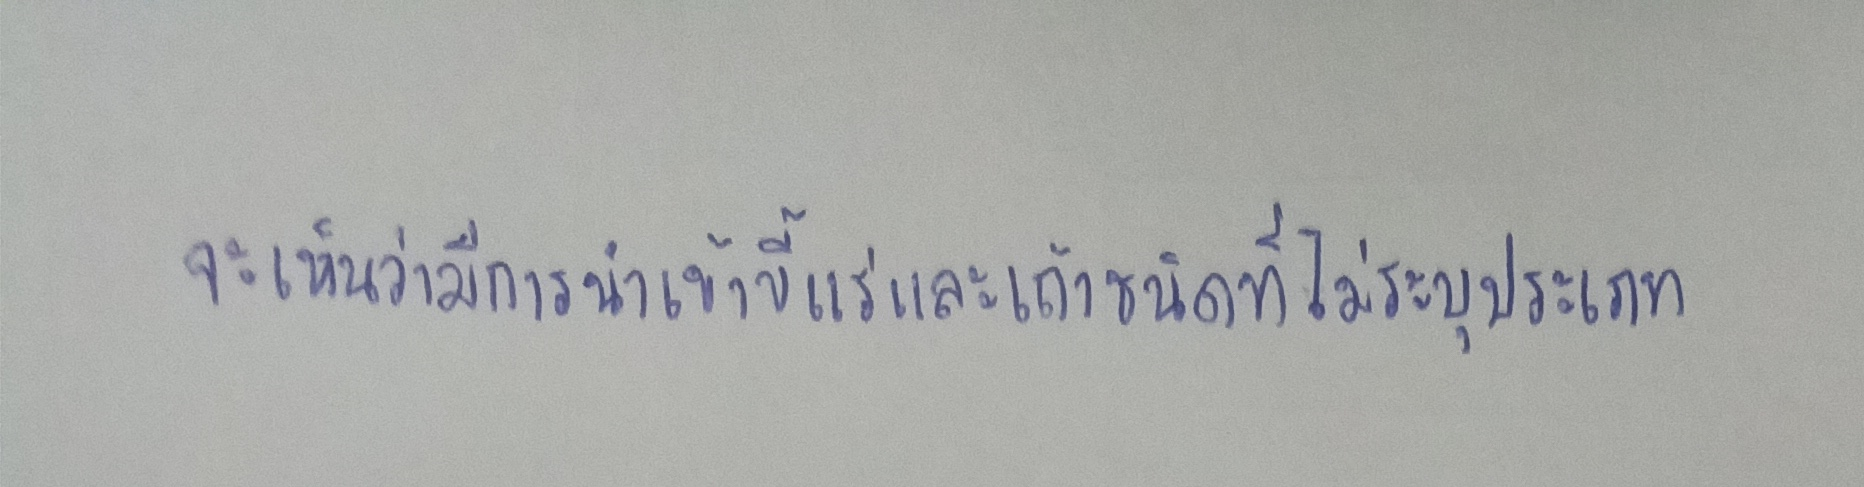
จะเห็นว่ามีการนำเข้าขี้แร่และเถ้าชนิดที่ไม่ระบุประเภท